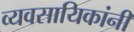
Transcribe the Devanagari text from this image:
व्यवसायिकांनी